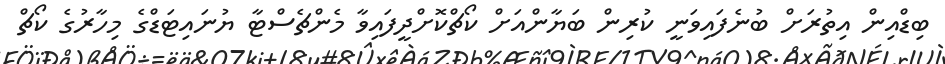
ބިޑްއިން އިތުރަށް ބުނެފައިވަނީ ކުރިން ބަޔާންއަށް ކޯޗްކޮށްދީފައިވާ މެންޗެސްޓާ ޔުނައިޓަޑްގެ މިހާރުގެ ކޯޗް